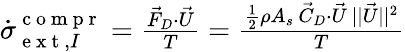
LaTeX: \begin{array}{r}{\dot{{\sigma}}_{\mathrm{~e~x~t~},I}^{\mathrm{~c~o~m~p~r~}}=\frac{\vec{F}_{D}\cdot\vec{U}}{T}=\frac{\frac{1}{2}\rho A_{s}\, \vec{C}_{D}\cdot\vec{U}\, ||\vec{U}||^{2}}{T}}\end{array}